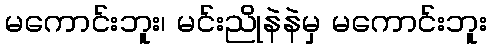
မကောင်းဘူး၊ မင်းညိုနဲနဲမှ မကောင်းဘူး